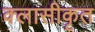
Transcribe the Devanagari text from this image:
क्लासीकृत